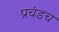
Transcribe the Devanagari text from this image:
प्रचंडच